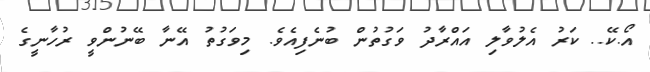
އޯ.ކޭ.. ކަރު އެލުވާލި އައްރާދު ވަގުތުން ބުނެފިއެވެ. މިވަގުތު އޭނާ ބޭނުންވީ ރުހާނީގެ